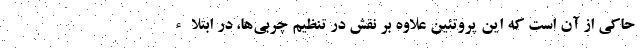
حاکی از آن است که این پروتئین علاوه بر نقش در تنظیم چربی‌ها، در ابتلاء